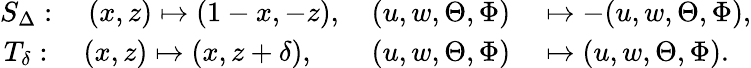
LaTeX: \begin{array}{rl}{S_{\Delta}:\quad(x,z)\mapsto(1-x,-z),\quad(u,w,\Theta,\Phi)}&{{}\mapsto-(u,w,\Theta,\Phi),}\\ {T_{\delta}:\quad(x,z)\mapsto(x,z+\delta),\qquad(u,w,\Theta,\Phi)}&{{}\mapsto(u,w,\Theta,\Phi).}\end{array}